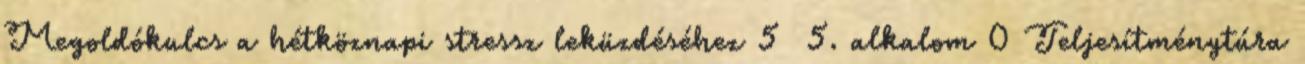
Megoldókulcs a hétköznapi stressz leküzdéséhez 5 5. alkalom 0 Teljesítménytúra